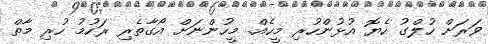
ވަރަށް ހުލްގު ހެޔޮ އުޅުންހުރި މީހެއް. މީހުންނަށް އޯގާތެރި ރަހުމު ހުރި މާތް